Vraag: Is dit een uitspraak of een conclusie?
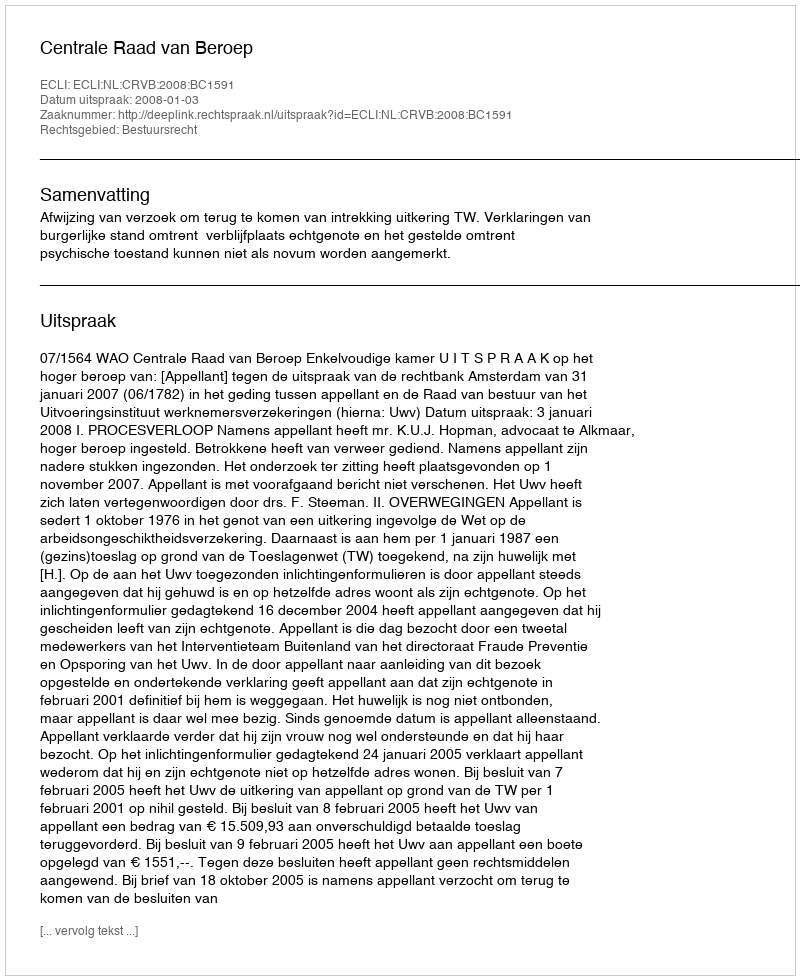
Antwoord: Uitspraak